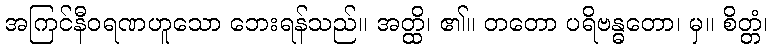
အကြင်နီဝရဏဟူသော ဘေးရန်သည်။ အတ္ထိ၊ ၏။ တတော ပရိဗန္ဓတော၊ မှ။ စိတ္တံ၊